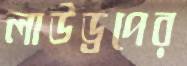
লাউড্রপের